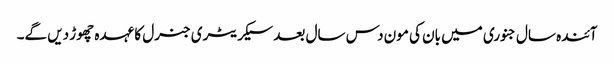
آئندہ سال جنوری میں بان کی مون دس سال بعد سیکریٹری جنرل کا عہدہ چھوڑ دیں گے۔